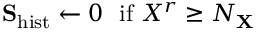
\mathbf { S } _ { \mathrm { h i s t } } \leftarrow 0 \ \ \mathrm { i f } \ X ^ { r } \geq N _ { \mathbf { X } }